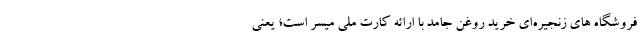
فروشگاه های زنجیره‌ای خرید روغن جامد با ارائه کارت ملی میسر است؛ یعنی